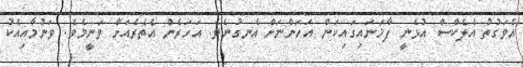
އެވަގުތު އެލެކްސް އުޅެނީ ފާޚަނައިގައިކަން އަހަންނަށް އެނގުނެވެ. އަހަރެން އެތެރެއަށް ވަނީމެވެ. ވަނުމާއިއެކު